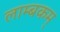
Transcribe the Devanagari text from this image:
लाम्बकम्